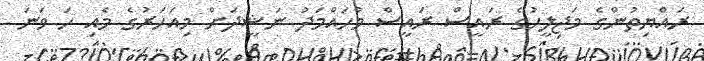
ރައްޔިތުންގެ މަޖިލީހުގެ ރައީސް ރައީސް މުހައްމަދު ނަޝީދަށް މިއަހަރުގެ މެއި ހަ ވަނަ